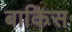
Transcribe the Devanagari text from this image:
बाकिस